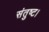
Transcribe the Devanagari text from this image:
संतुष्ट।